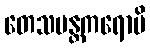
တေသမန္တကရောမိ